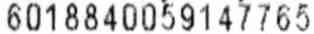
6018840059147765